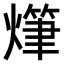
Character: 𤏫